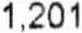
1,201